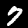
Label: 7